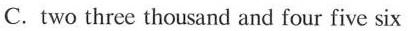
C. two three thousand and four five six